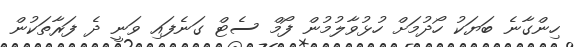
ހިންގާނެ ބަޔަކު ހޯދުމަށް ހުޅުވާލުމުން ފޯމް ސެޓް ގަނެފައި ވަނީ ދެ ފަރާތަކުން